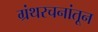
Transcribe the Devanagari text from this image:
ग्रंथरचनांतून